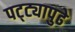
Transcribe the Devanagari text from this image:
पट्ट्यापुढे